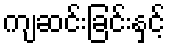
ကျဆင်းခြင်းနှင့်